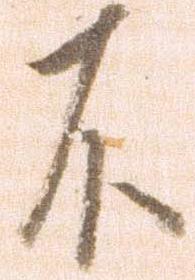
不